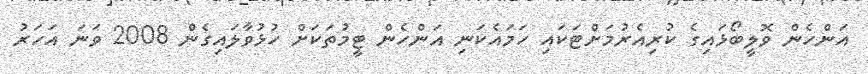
އަންހެން ވޮލީބޯޅައިގެ ކުރިއެރުމަށްޓަކައި ހަމައެކަނި އަންހެން ޓީމުތަކަށް ހުޅުވާލައިގެން 2008 ވަނަ އަހަރު